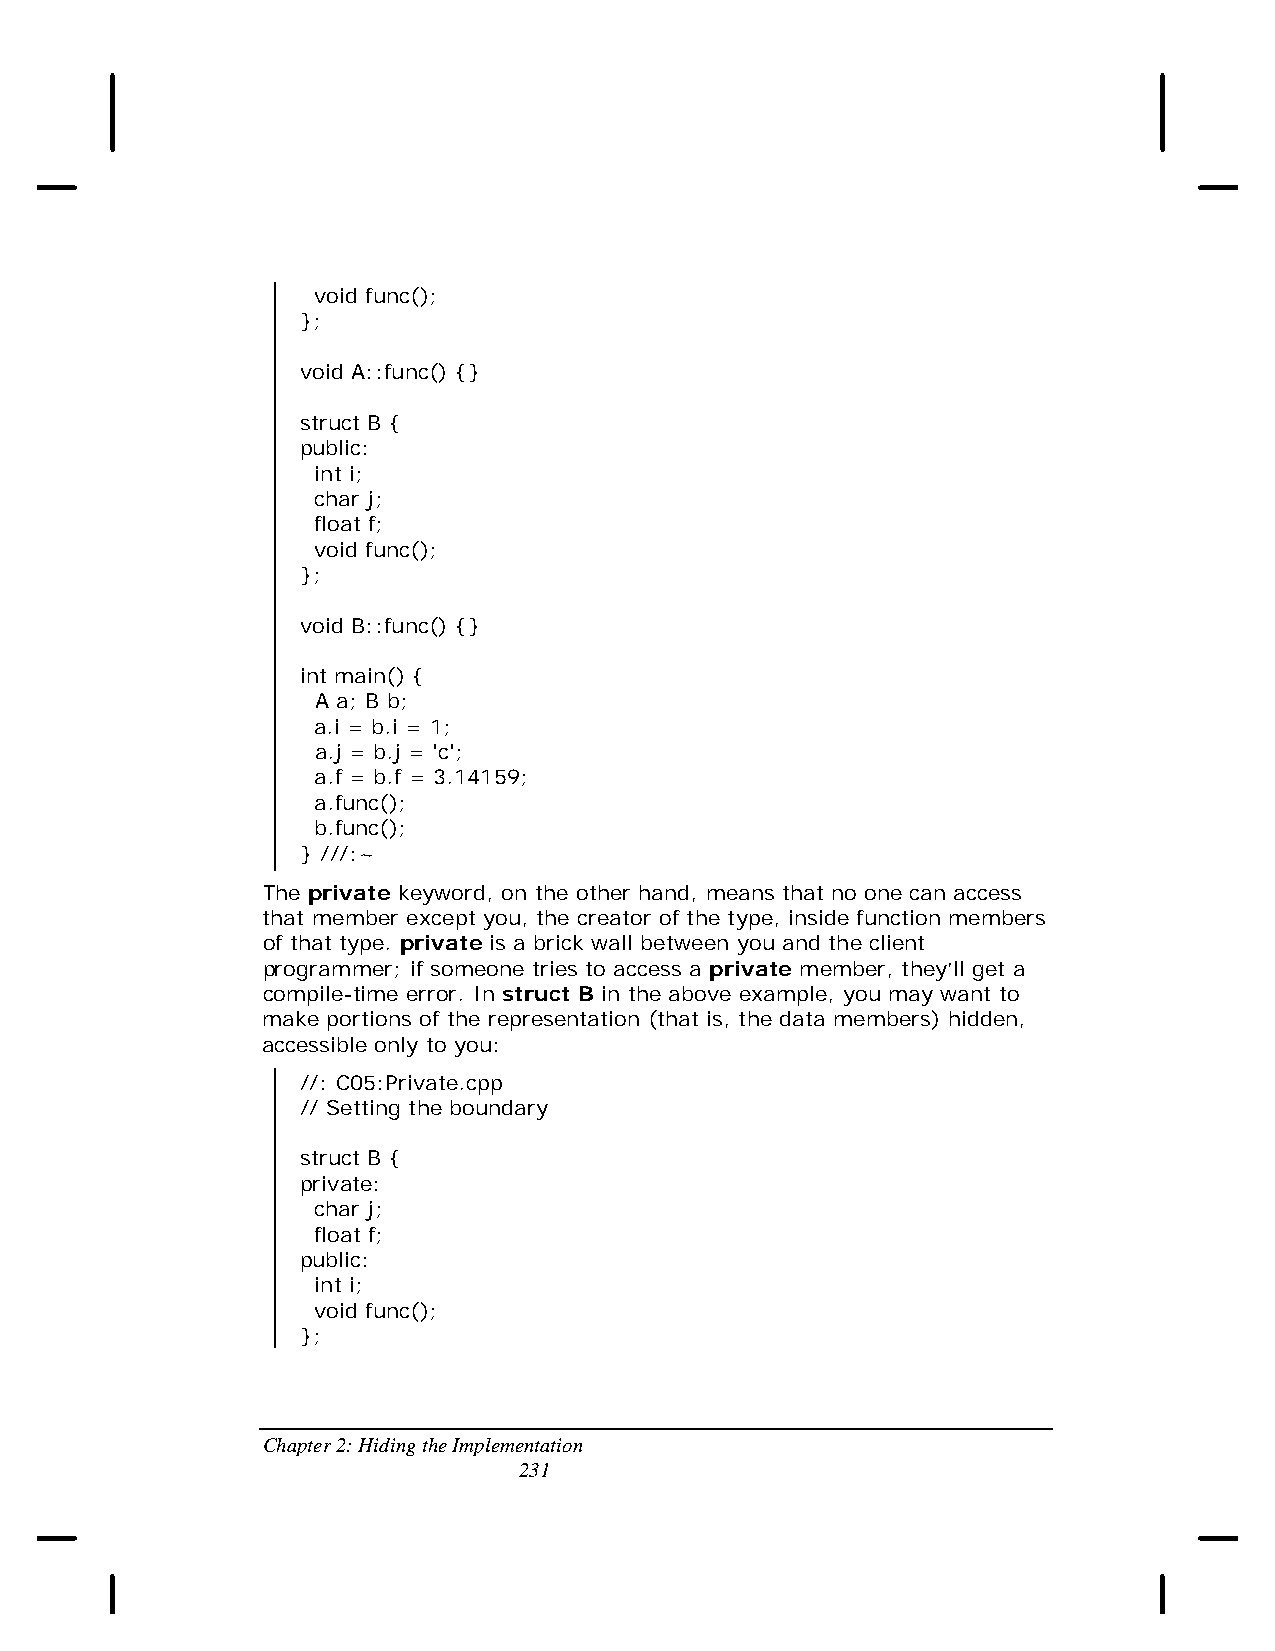
void func();
 };
 void A::func() {}
 struct B {
 public:
 int i;
 char j;
 float f;
 void func();
 };
 void B::func() {}
 int main() {
 A a; B b;
 a.i = b.i = 1;
 a.j = b.j = 'c';
 a.f = b.f = 3.14159;
 a.func();
 b.func();
 } ///:~
 The private keyword, on the other hand, means that no one can access
 that member except you, the creator of the type, inside function members
 of that type. private is a brick wall between you and the client
 programmer; if someone tries to access a private member, they’ll get a
 compile-time error. In struct B in the above example, you may want to
 make portions of the representation (that is, the data members) hidden,
 accessible only to you:
 //: C05:Private.cpp
 // Setting the boundary
 struct B {
 private:
 char j;
 float f;
 public:
 int i;
 void func();
 };
 Chapter 2: Hiding the Implementation
 231